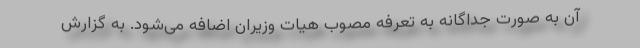
آن به صورت جداگانه به تعرفه مصوب هیات وزیران اضافه می‌شود. به گزارش